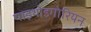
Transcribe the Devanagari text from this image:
पाइथोइगोरियन